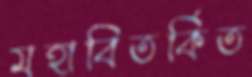
মহাবিতর্কিত